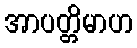
အာပတ္တိမာဟ